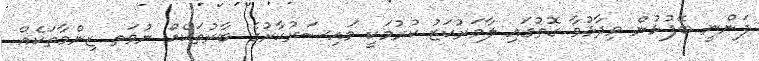
ފަންނީ ބޭފުޅުން ވިދާޅުވާ ގޮތުގައި ލާމަރުކަޒު ކުރުމަކީ މައިސަރުކާރުގެ ބާރުތަކެއް ނުވަތ ޒިންމާތަކެއް